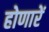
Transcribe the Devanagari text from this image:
होणारें